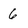
Character: 6